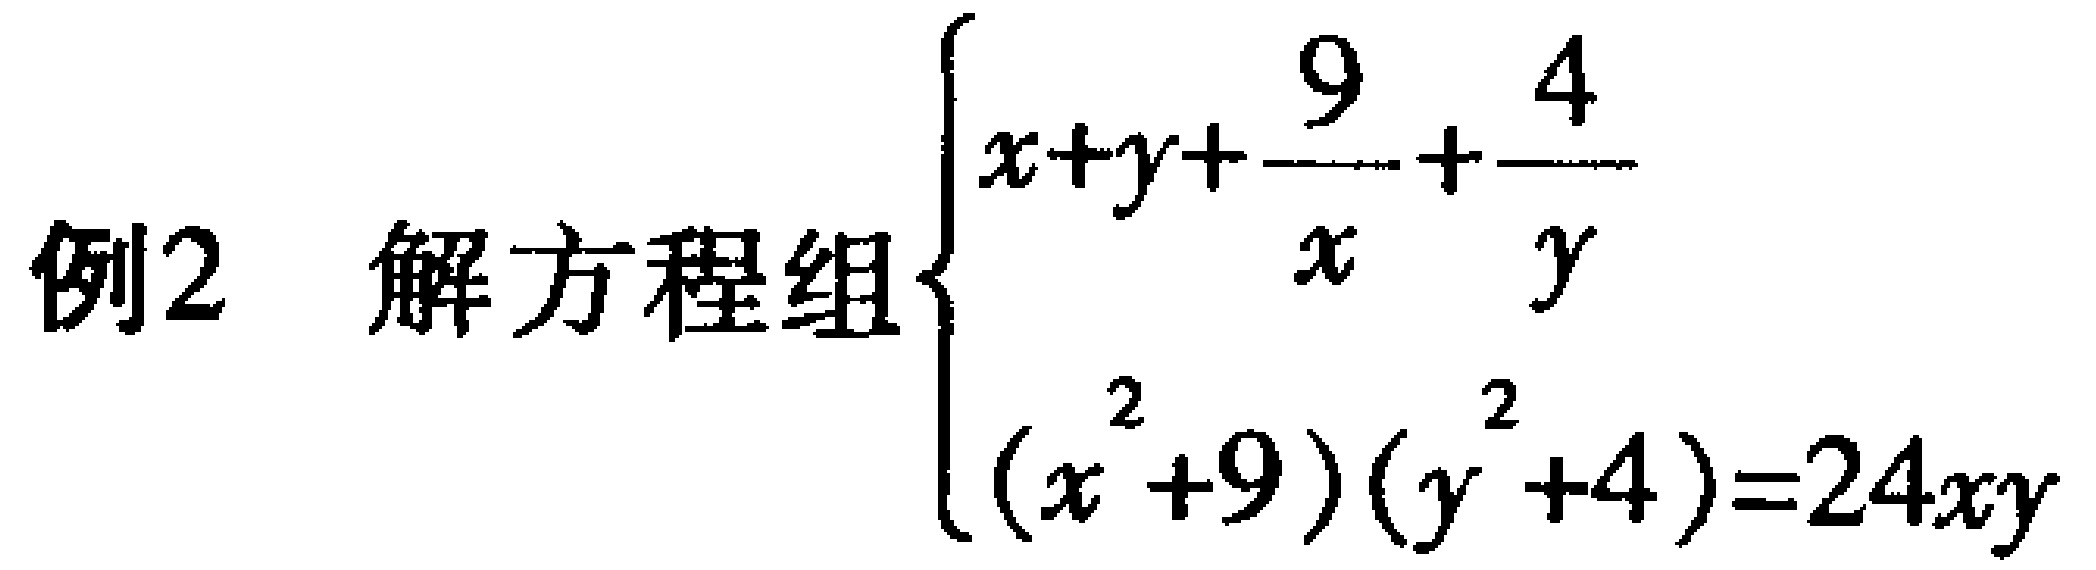
例2 解方程组$\begin{cases}x + y+\dfrac{9}{x}+\dfrac{4}{y}\\(x^{2}+9)(y^{2}+4)=24xy\end{cases}$